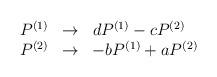
LaTeX: \begin{align*}\begin{array}{rcl}P^{(1)} &\rightarrow& d P^{(1)} - c P^{(2)}\\P^{(2)} &\rightarrow& -b P^{(1)} + a P^{(2)}\end{array}\end{align*}